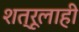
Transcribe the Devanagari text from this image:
शत्रूलाही